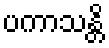
ပကာသန္တိ